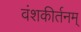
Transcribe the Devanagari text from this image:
वंशकीर्तनम्